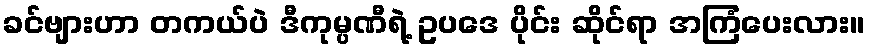
ခင်ဗျားဟာ တကယ်ပဲ ဒီကုမ္ပဏီရဲ့ ဥပဒေ ပိုင်း ဆိုင်ရာ အကြံပေးလား။